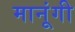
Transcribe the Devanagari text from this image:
मानूंगी